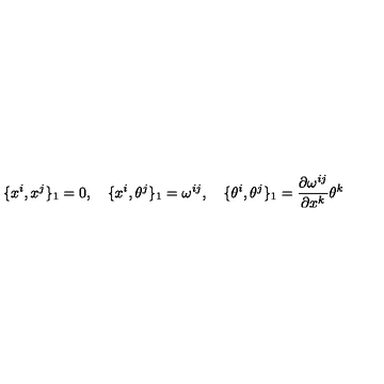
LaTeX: \{ x ^ { i } , x ^ { j } \} _ { 1 } = 0 , \quad \{ x ^ { i } , \theta ^ { j } \} _ { 1 } = \omega ^ { i j } , \quad \{ \theta ^ { i } , \theta ^ { j } \} _ { 1 } = \frac { \partial \omega ^ { i j } } { \partial x ^ { k } } \theta ^ { k }